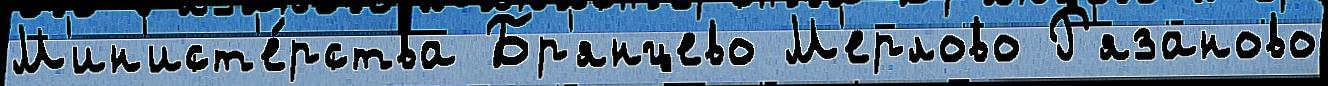
М'ин'ист'е́рства Бр'янцево М'ерлово Р'язаново